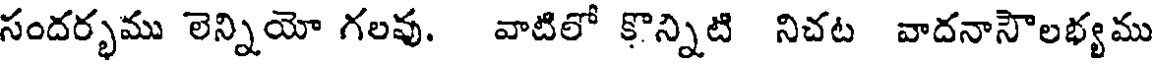
సందర్భము లెన్నియో గలవు. వాటిలో కొన్నిటి నిచట వాదనాసౌలభ్యము